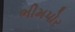
ભીમપોર